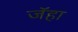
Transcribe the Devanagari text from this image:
जॅहा